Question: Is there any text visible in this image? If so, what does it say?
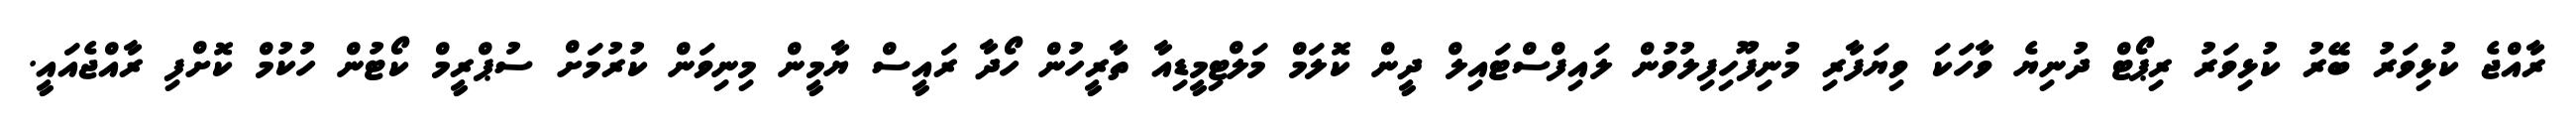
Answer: ރާއްޖެ ކުޅިވަރު ބޭރު ކުޅިވަރު ރިޕޯޓް ދުނިޔެ ވާހަކަ ވިޔަފާރި މުނިފޫހިފިލުވުން ލައިފްސްޓައިލް ދީން ކޮލަމް މަލްޓިމީޑިއާ ތާރީހުން ހޯދާ ރައީސް ޔާމީން މިނިވަން ކުރުމަށް ސުޕްރީމް ކޯޓުން ހުކުމް ކޮށްފި ރާއްޖެއައީ.